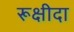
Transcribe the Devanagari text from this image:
रूक्षीदा